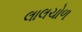
લાલચોળ